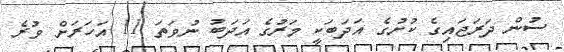
ސުން ދަރަޖައިގެ ކުށުގެ އަދަބަކީ މަރުގެ އަދަބު ނުވަތަ 11 އަހަރަށް ވުރެ